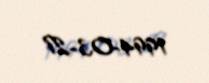
1994-03-27